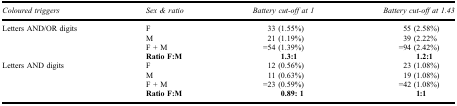
<table><thead><tr><td><b>Coloured triggers</b></td><td><b>Sex &amp; ratio</b></td><td><b>Battery cut-off at 1</b></td><td><b>Battery cut-off at 1.43</b></td></tr></thead><tbody><tr><td>Letters AND/OR digits</td><td>F</td><td>33 (1.55%)</td><td>55 (2.58%)</td></tr><tr><td> </td><td>M</td><td>21 (1.19%)</td><td>39 (2.22%</td></tr><tr><td> </td><td>F + M</td><td>=54 (1.39%)</td><td>=94 (2.42%)</td></tr><tr><td> </td><td><b>Ratio F:M</b></td><td><b>1.3:1</b></td><td><b>1.2:1</b></td></tr><tr><td>Letters AND digits</td><td>F</td><td>12 (0.56%)</td><td>23 (1.08%)</td></tr><tr><td> </td><td>M</td><td>11 (0.63%)</td><td>19 (1.08%)</td></tr><tr><td> </td><td>F + M</td><td>=23 (0.59%)</td><td>=42 (1.08%)</td></tr><tr><td> </td><td><b>Ratio F:M</b></td><td><b>0.89: 1</b></td><td><b>1:1</b></td></tr></tbody></table>